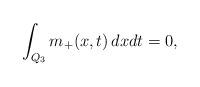
LaTeX: \begin{align*}\int_{Q_3} m_+(x,t)\,dx dt=0,\end{align*}